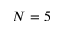
N = 5